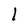
Character: 1